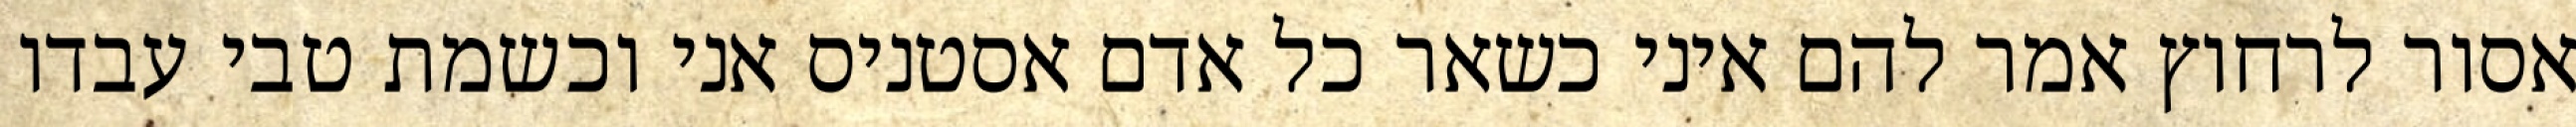
אסור לרחוץ אמר להם איני כשאר כל אדם אסטניס אני וכשמת טבי עבדו